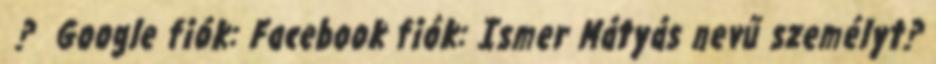
? Google fiók: Facebook fiók: Ismer Mátyás nevű személyt?